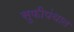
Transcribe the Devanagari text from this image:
सुफीपंथात